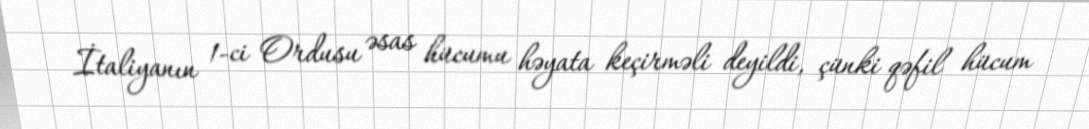
İtaliyanın 1-ci Ordusu əsas hücumu həyata keçirməli deyildi, çünki qəfil hücum